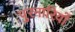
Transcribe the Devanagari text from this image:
पुरनारियों